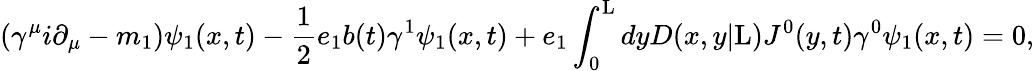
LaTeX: ({\gamma}^{\mu}i{\partial}_{\mu}-m_{1}){\psi}_{1}(x,t)-\frac{1}{2}e_{1}b(t){\gamma}^{1}{\psi}_{1}(x,t)+e_{1}\int_{0}^{\mathrm{L}}dyD(x,y|\mathrm{L})J^{0}(y,t){\gamma}^{0}{\psi}_{1}(x,t)=0,